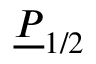
\underline { { P } } _ { 1 / 2 }